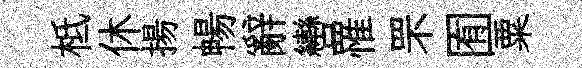
柢休揚暢辭轡罹罘囿粟